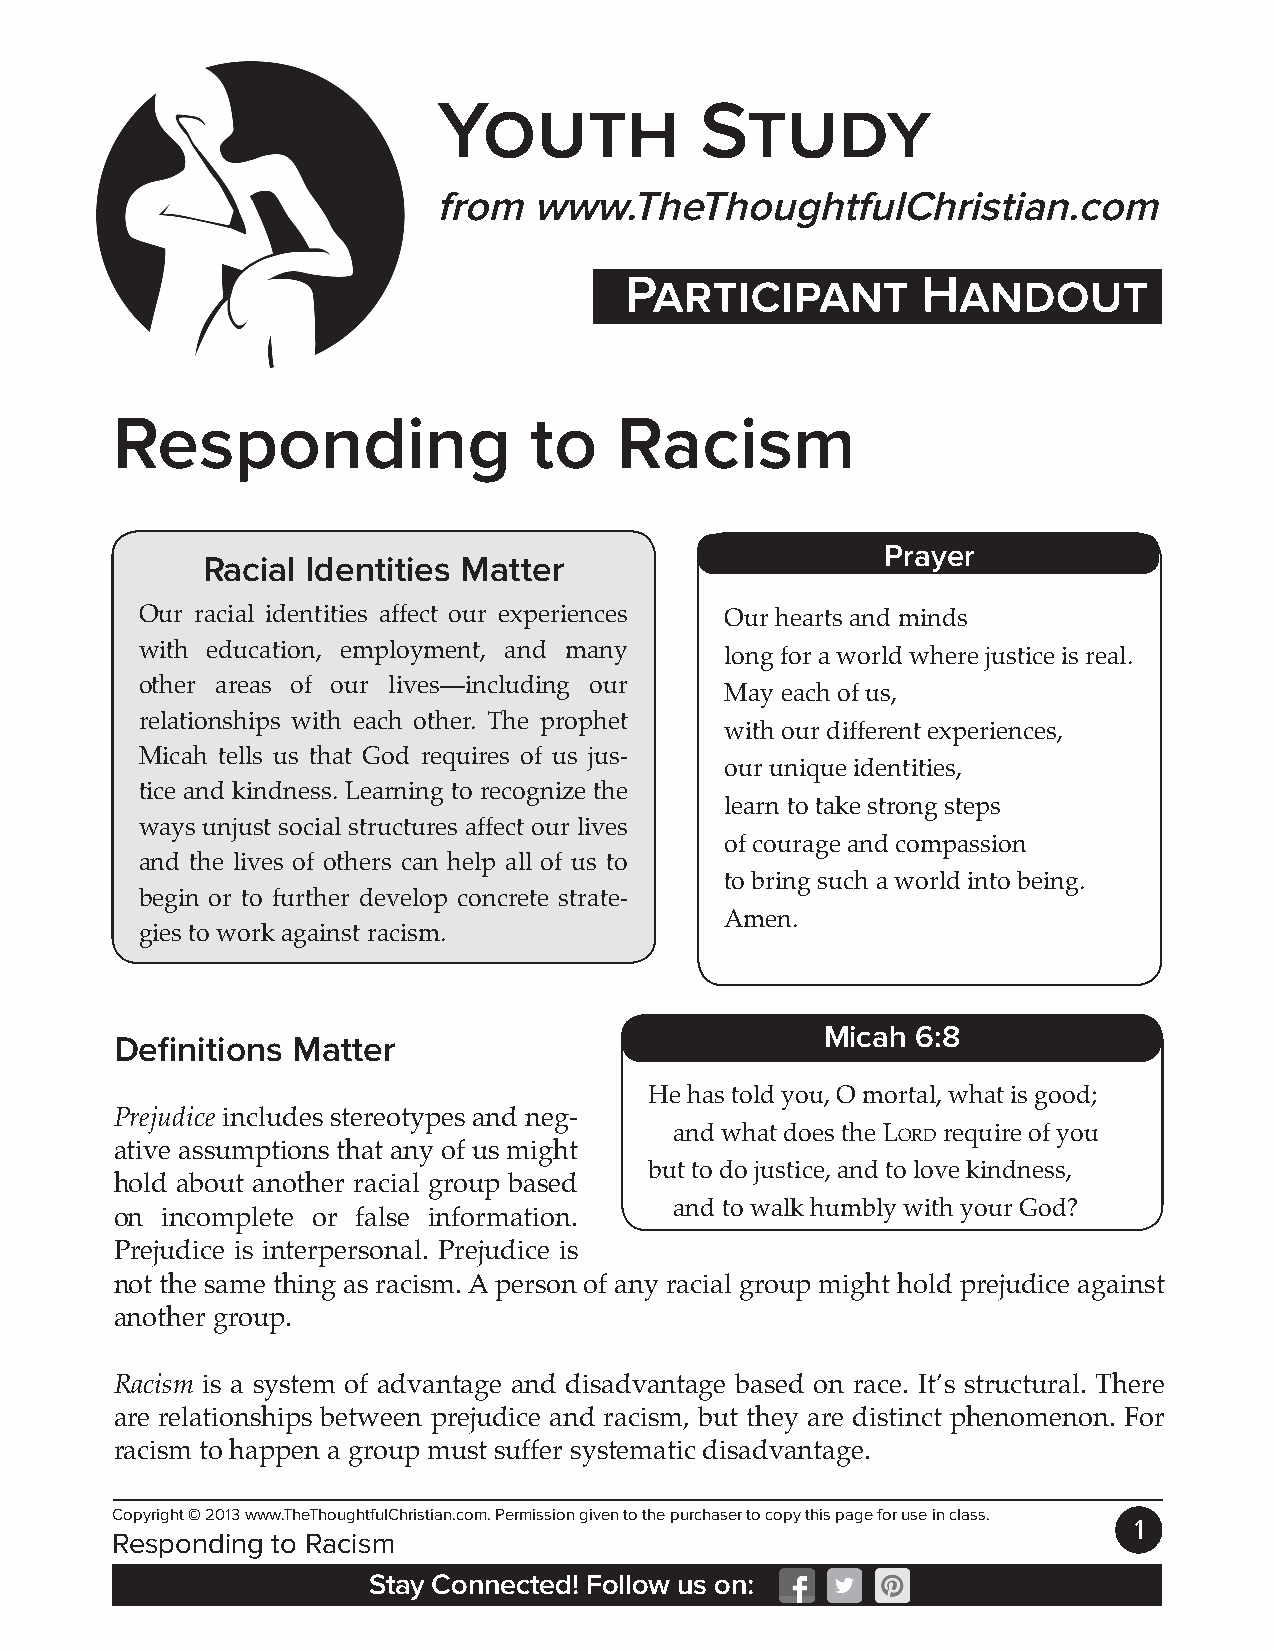
Youth            Study
 from  www.TheThoughtfulChristian.com
 Participant         Handout
 Responding                  to    Racism
 Prayer
 Racial Identities Matter
 Our racial identities affect our experiences Our hearts and minds
 with education, employment, and many   long for a world where justice is real.
 other areas of our lives—including our
 May each of us,
 relationships with each other. The prophet
 with our different experiences,
 Micah tells us that God requires of us jus-
 our unique identities,
 tice and kindness. Learning to recognize the
 learn to take strong steps
 ways unjust social structures affect our lives
 of courage and compassion
 and the lives of others can help all of us to
 to bring such a world into being.
 begin or to further develop concrete strate-
 Amen.
 gies to work against racism.
 Micah 6:8
 Definitions Matter
 He has told you, O mortal, what is good;
 Prejudice includes stereotypes and neg-
 and what does the Lord require of you
 ative assumptions that any of us might
 but to do justice, and to love kindness,
 hold about another racial group based
 and to walk humbly with your God?
 on incomplete or false information.
 Prejudice is interpersonal. Prejudice is
 not the same thing as racism. A person of any racial group might hold prejudice against
 another group.
 Racism is a system of advantage and disadvantage based on race. It’s structural. There
 are relationships between prejudice and racism, but they are distinct phenomenon. For
 racism to happen a group must suffer systematic disadvantage.
 Copyright © 2013 www.TheThoughtfulChristian.com. Permission given to the purchaser to copy this page for use in class.
 1
 Responding to Racism
 Stay Connected! Follow us on: